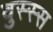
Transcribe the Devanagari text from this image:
वुस्स्स